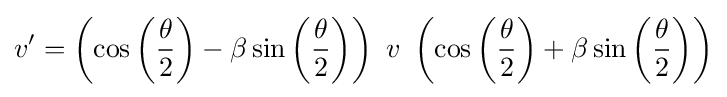
v'=\left(\cos \left({\frac {\theta }{2}}\right)-\beta \sin \left({\frac {\theta }{2}}\right)\right)\ v\ \left(\cos \left({\frac {\theta }{2}}\right)+\beta \sin \left({\frac {\theta }{2}}\right)\right)